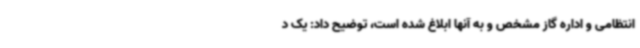
انتظامی و اداره گاز مشخص و به آنها ابلاغ شده است، توضیح داد: یک د